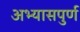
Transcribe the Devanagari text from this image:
अभ्यासपुर्ण